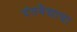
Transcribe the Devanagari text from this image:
दंतवैद्याचा